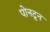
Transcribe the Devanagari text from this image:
पोनटून